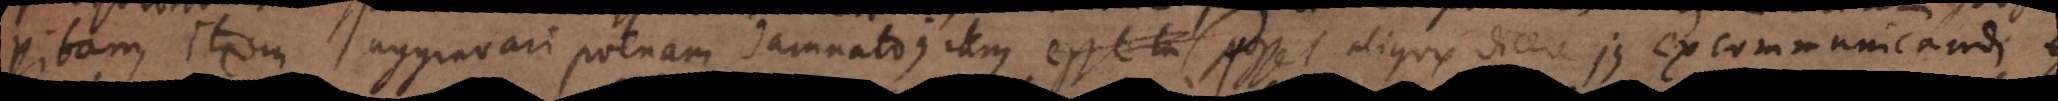
vitam, item aggravari poenam damnato; item posset aliquis dicere jus excommunicandi